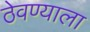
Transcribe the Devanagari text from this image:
ठेवण्याला